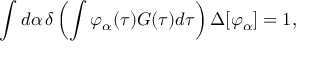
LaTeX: \int d \alpha \, \delta \left( \int \varphi _ { \alpha } ( \tau ) G ( \tau ) d \tau \right) \Delta [ \varphi _ { \alpha } ] = 1 ,